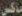
ماكس